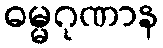
ဓမ္မဂုဏာန